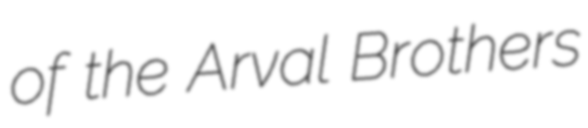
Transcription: of the Arval Brothers